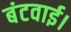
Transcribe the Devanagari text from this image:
बंटवाई।